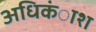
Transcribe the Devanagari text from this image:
अधिकंाश